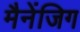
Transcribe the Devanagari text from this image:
मैनेंजिग